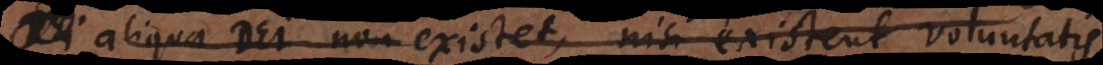
aliqua Dei non existet, nisi existent voluntatis